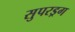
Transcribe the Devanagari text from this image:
सुपरड्रग